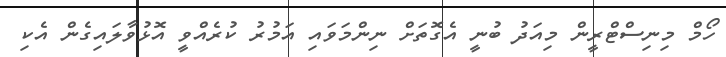
ހޯމް މިނިސްޓްރީން މިއަދު ބުނީ އެގޮތަށް ނިންމަވައި އަމުރު ކުރެއްވީ އޮޅުވާލައިގެން އެކި